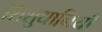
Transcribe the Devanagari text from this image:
शिशुधानियाँ